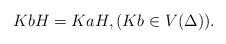
LaTeX: \begin{align*}KbH = KaH,(Kb \in V(\Delta)).\end{align*}